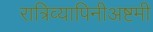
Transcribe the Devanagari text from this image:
रात्रिव्यापिनीअष्टमी